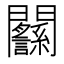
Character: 𨷸